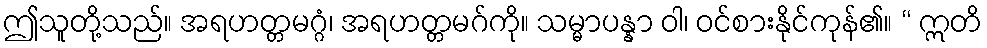
ဤသူတို့သည်။ အရဟတ္တမဂ္ဂံ၊ အရဟတ္တမဂ်ကို။ သမ္မာပန္နာ ဝါ၊ ဝင်စားနိုင်ကုန်၏။ “ ဣတိ